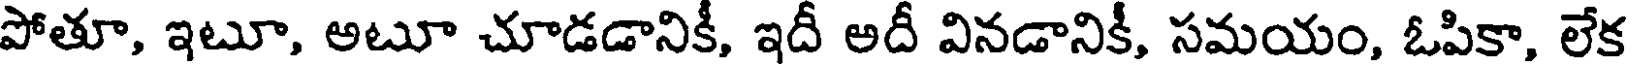
పోతూ, ఇటూ, అటూ చూడడానికీ, ఇదీ అదీ వినడానికీ, సమయం, ఓపికా, లేక